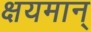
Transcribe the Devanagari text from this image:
क्षयमान्